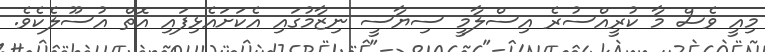
މިއީ ވެސް މާ ކުރީއްސުރެ އިސްލާމީ ސިޔާސީ ނިޒާމުގައި އެކަށައެޅިފައި އޮތް އުސޫލެކެވެ.